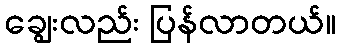
ချွေးလည်း ပြန်လာတယ်။